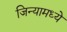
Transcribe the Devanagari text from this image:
जिन्यामध्ये